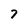
Character: 7